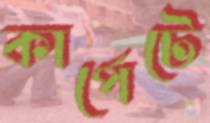
কার্পেটে